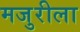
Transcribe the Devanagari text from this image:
मजुरीला